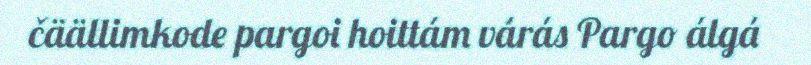
čäällimkode pargoi hoittám várás Pargo álgá